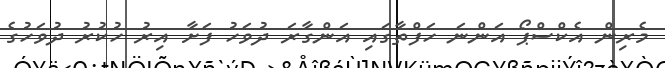
މެރިން އެކްސްޕޯ އަންނަ ހަފްތާގައި އަންގާރަ ދުވަހު ފަށާ އިރު ހުކުރު ދުވަހުގެ